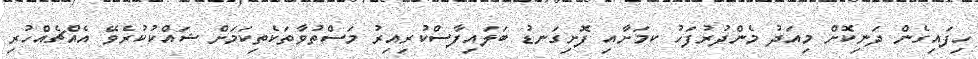
ހިފައިގެން ދަނިކޮށް މިއަދު މެންދުރުފަހު ކމަށާއި ފޮށިގަނޑު ބަލައިފާސްކުރިއިރު މަސްތުވާތަކެތިކަމަށް ޝައްކުކުރެވޭ އެއްޗެއްހުރި